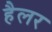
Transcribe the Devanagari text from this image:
हैलर